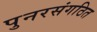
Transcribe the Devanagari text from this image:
पुनरसंगठित